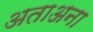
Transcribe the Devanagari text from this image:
अताअना